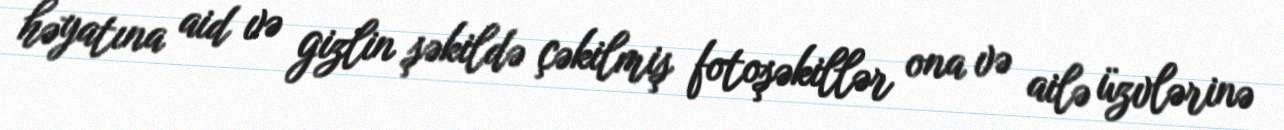
həyatına aid və gizlin şəkildə çəkilmiş fotoşəkillər ona və ailə üzvlərinə